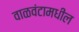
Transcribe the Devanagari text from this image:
वाळवंटामधील